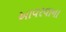
આવરવાના